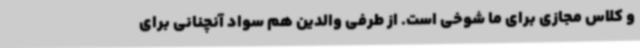
و کلاس مجازی برای ما شوخی است. از طرفی والدین هم سواد آنچنانی برای